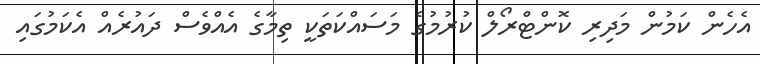
އެހެން ކަމުން މަދިރި ކޮންޓްރޯލް ކުރުމުގެ މަސައްކަތަކީ ތިމާގެ އެއްވެސް ދައުރެއް އެކަމުގައި